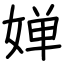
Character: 婵